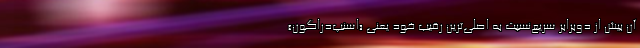
آن بیش از دوبرابر سریع‌نسبت به اصلی‌ترین رقیب خود یعنی «اسنپ‌دراگون»